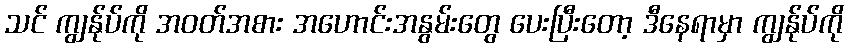
သင် ကျွန်ုပ်ကို အဝတ်အစား အဟောင်းအနွမ်းတွေ ပေးပြီးတော့ ဒီနေရာမှာ ကျွန်ုပ်ကို